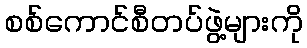
စစ်ကောင်စီတပ်ဖွဲ့များကို